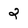
Character: 2